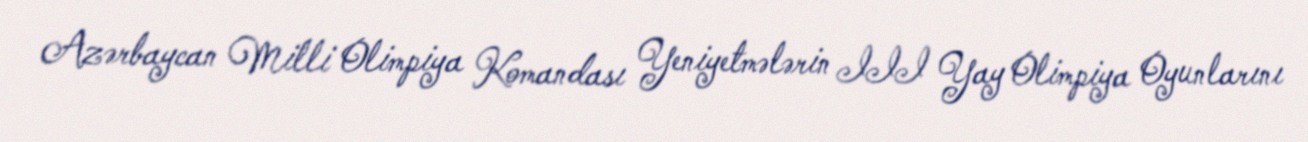
Azərbaycan Milli Olimpiya Komandası Yeniyetmələrin III Yay Olimpiya Oyunlarını